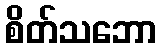
စိတ်သဘော